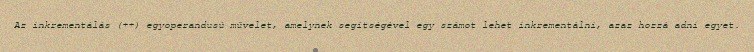
Az inkrementálás (++) egyoperandusú művelet, amelynek segítségével egy számot lehet inkrementálni, azaz hozzá adni egyet.